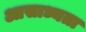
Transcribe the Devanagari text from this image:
आसाध्यता